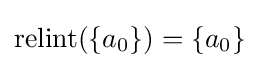
\mathrm {relint} (\{a_{0}\})=\{a_{0}\}